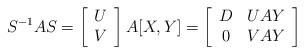
LaTeX: \begin{align*}S^{-1}AS=\left[\begin{array}{c}U\\V\end{array}\right]A[X,Y]=\left[\begin{array}{cc}D & UAY\\0 & VAY\end{array}\right]\end{align*}